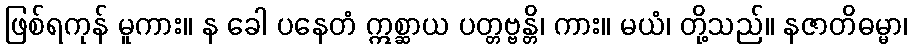
ဖြစ်ရကုန် မူကား။ န ခေါ ပနေတံ ဣစ္ဆာယ ပတ္တဗ္ဗန္တိ၊ ကား။ မယံ၊ တို့သည်။ နဇာတိဓမ္မာ၊